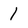
Character: 1